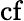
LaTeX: \mathrm{cf}